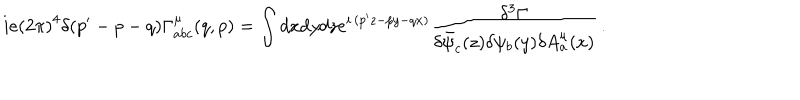
i e \left( 2 \pi \right) ^ { 4 } \delta ( p ^ { \prime } - p - q ) \Gamma _ { a b c } ^ { \mu } ( q , p ) = \int d x d y d z e ^ { i \, ( p ^ { \prime } z - p y - q x ) } { \frac { \delta ^ { 3 } \Gamma } { \delta \bar { \psi } _ { c } ( z ) \delta \psi _ { b } ( y ) \delta A _ { a } ^ { \mu } ( x ) } } \, .